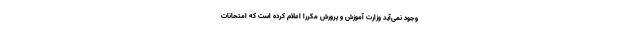
وجود نمی‌آید وزارت آموزش و پرورش مکررا اعلام کرده است که امتحانات